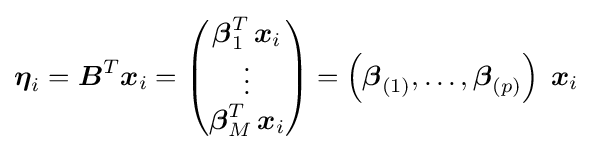
{\boldsymbol {\eta }}_{i}={\boldsymbol {B}}^{T}{\boldsymbol {x}}_{i}={\begin{pmatrix}{\boldsymbol {\beta }}_{1}^{T}\,{\boldsymbol {x}}_{i}\\\vdots \\{\boldsymbol {\beta }}_{M}^{T}\,{\boldsymbol {x}}_{i}\\\end{pmatrix}}=\left({\boldsymbol {\beta }}_{(1)}^{},\ldots ,{\boldsymbol {\beta }}_{(p)}^{}\right)\;{\boldsymbol {x}}_{i}